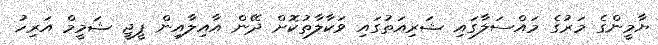
ޔާމީންގެ މަރުގެ މައްސަލާގައި ޝަރިއަތުގައި ވަކާލާތުކޮށް ދޭން އާއިލާއިން ޕީޖީ ޝަމީމް އަރިހު